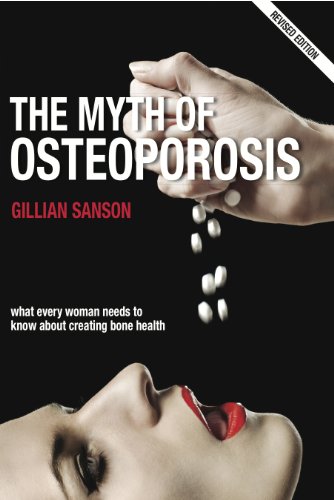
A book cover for The Myth of Osteoporosis - Revised Edition; Gillian Sanson; Health, Fitness & Dieting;